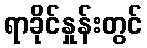
ရာခိုင်နှုန်းတွင်